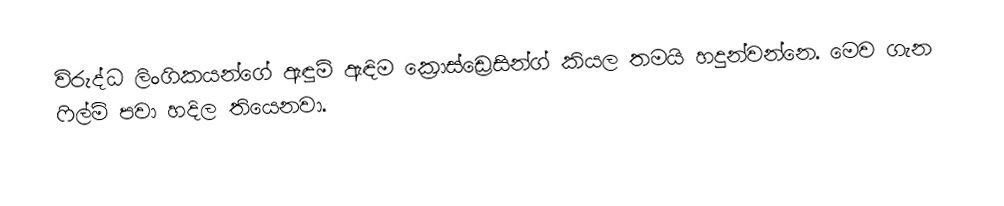
විරුද්ධ ලිංගිකයන්ගේ ඇඳුම් ඇඳිම ක්‍රොස්ඩ්‍රෙසින්ග් කියල තමයි හදුන්වන්නෙ. මෙව ගැන ෆිල්ම් පවා හදිල තියෙනවා.